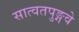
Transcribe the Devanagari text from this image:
सात्वतपुङ्गवे